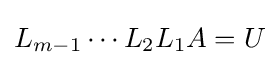
L_{m-1}\cdots L_{2}L_{1}A=U